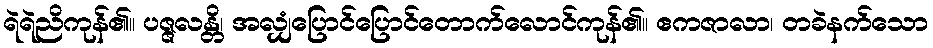
ရဲရဲညိကုန်၏။ ပဇ္ဇလန္တိ၊ အလျှံပြောင်ပြောင်တောက်လောင်ကုန်၏။ ဧကဇာလာ၊ တခဲနက်သော